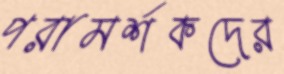
পরামর্শকদের